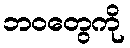
ဘဝတွေကို